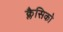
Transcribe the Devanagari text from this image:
क्लैसिको